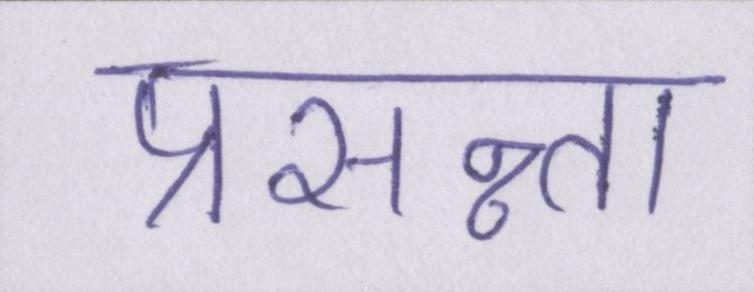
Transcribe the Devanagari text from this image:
प्रसन्न्ता